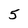
Character: 5